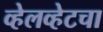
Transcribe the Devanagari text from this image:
व्हेलव्हेटचा